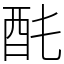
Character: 䣨